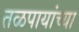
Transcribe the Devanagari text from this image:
तळपायांच्या